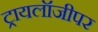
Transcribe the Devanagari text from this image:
ट्रायलॉजीपर